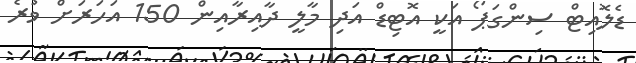
ޑެލޮއިޓް ސިންގަޕޯ އަކީ އޮޓިޑް އަދި މާލީ ދާއިރާއިން 150 އަހަރަށް ވުރެ